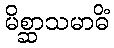
မိစ္ဆာသမာဓိံ